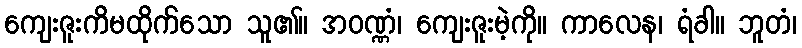
ကျေးဇူးကိမထိုက်သော သူ၏။ အဝဏ္ဏံ၊ ကျေးဇူးမဲ့ကို။ ကာလေန၊ ရံခါ။ ဘူတံ၊